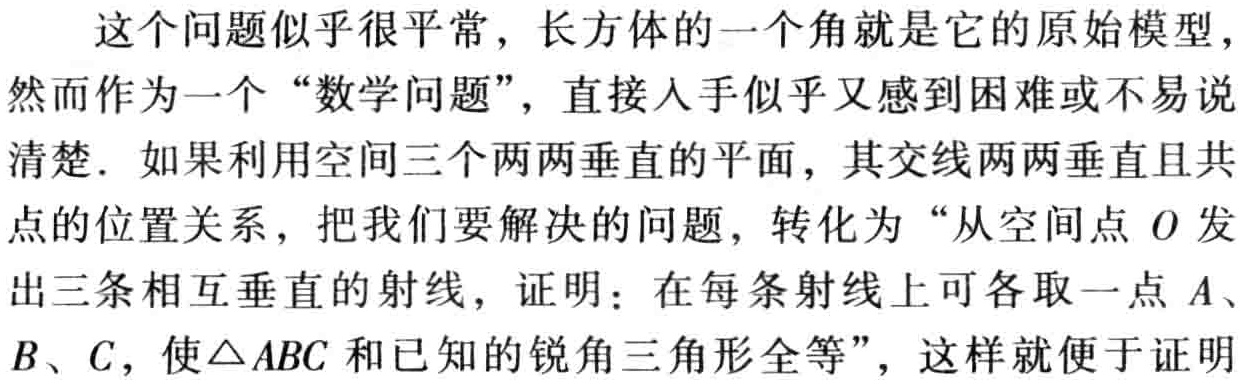
这个问题似乎很平常，长方体的一个角就是它的原始模型，
然而作为一个“数学问题”，直接入手似乎又感到困难或不易说
清楚．如果利用空间三个两两垂直的平面，其交线两两垂直且共
点的位置关系，把我们要解决的问题，转化为“从空间点 \(O\) 发
出三条相互垂直的射线，证明：在每条射线上可各取一点 \(A\)、
\(B\)、\(C\)，使\(\triangle ABC\) 和已知的锐角三角形全等”，这样就便于证明